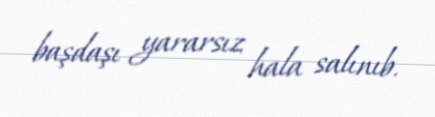
başdaşı yararsız hala salınıb.